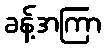
ခန့်အကြာ